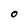
Character: O